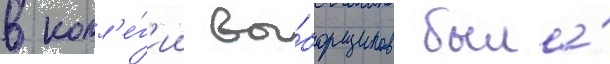
в колл'е́г'ии вы́борщиков была́